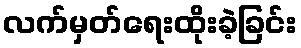
လက်မှတ်ရေးထိုးခဲ့ခြင်း